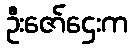
ဦးဇော်ဌေးက